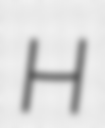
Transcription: H